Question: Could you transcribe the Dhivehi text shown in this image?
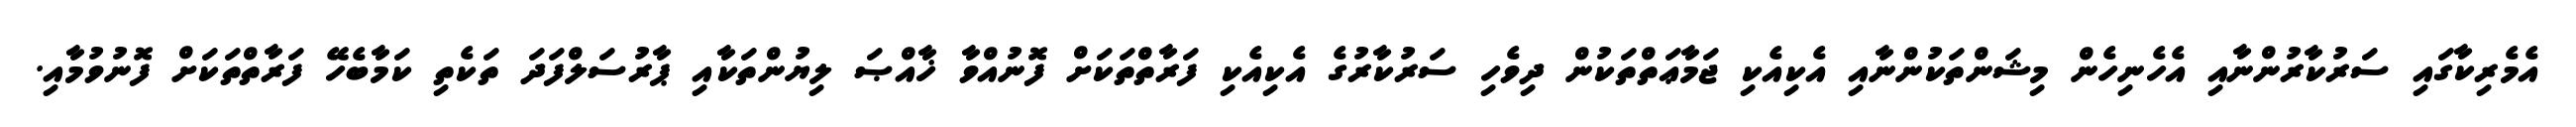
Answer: އެމެރިކާގައި ސަރުކާރުންނާއި އެހެނިހެން މިޝަންތަކުންނާއި އެކިއެކި ޖަމާޢަތްތަކުން ދިވެހި ސަރުކާރުގެ އެކިއެކި ފަރާތްތަކަށް ފޮނުއްވާ ޚާއްޞަ ލިޔުންތަކާއި ޕާރުސަލްފަދަ ތަކެތި ކަމާބެހޭ ފަރާތްތަކަށް ފޮނުވުމާއި.